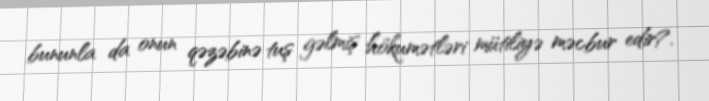
bununla da onun qəzəbinə tuş gəlmiş hökumətləri mütiliyə məcbur edir?.